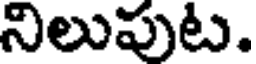
నిలుపుట.